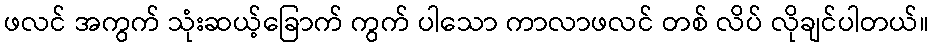
ဖလင် အကွက် သုံးဆယ့်ခြောက် ကွက် ပါသော ကာလာဖလင် တစ် လိပ် လိုချင်ပါတယ်။